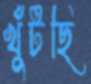
খুঁটছি